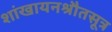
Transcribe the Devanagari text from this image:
शांखायनश्रौतसूत्र